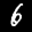
Label: 6